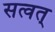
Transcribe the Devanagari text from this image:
सत्वत्